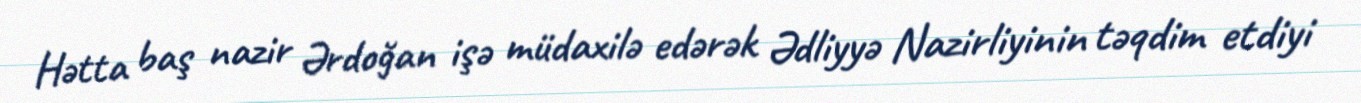
Hətta baş nazir Ərdoğan işə müdaxilə edərək Ədliyyə Nazirliyinin təqdim etdiyi